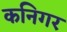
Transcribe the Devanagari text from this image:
कनिगर